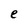
Character: e